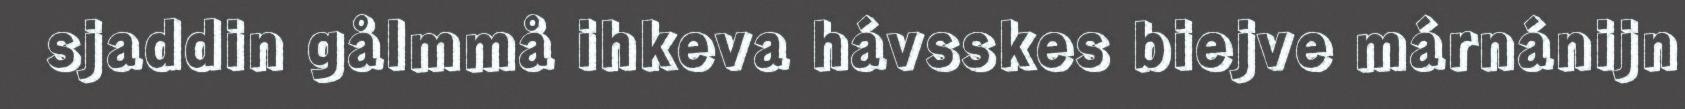
sjaddin gålmmå ihkeva hávsskes biejve márnánijn